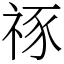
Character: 𥙮